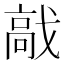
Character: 𩫅